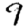
Digit: 9